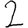
Digit: 2